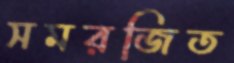
সমরজিত